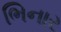
ભિનાર